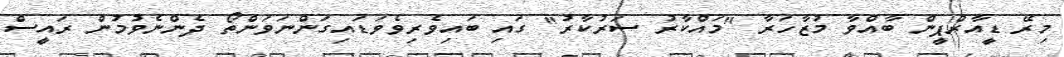
މިރޭ ޑީއާރްޕީން ބާއްވާ މުޒާހަރާ "މައްކާރު ސަރުކާރު" ގައި ބައިވެރިވެވަޑައިގަންނަވަންތޯ ދެންނެވުމުން ރައީސް